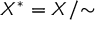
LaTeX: X ^ { * } = X / { \sim }